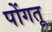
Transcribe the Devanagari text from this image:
पोंगतू